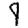
Digit: 9